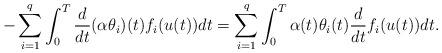
LaTeX: \begin{align*}- \sum_{i=1}^{q} \int_0^T \frac{d}{dt}(\alpha \theta_{i})(t) f_{i} (u(t)) dt = \sum_{i=1}^{q} \int_0^T \alpha (t) \theta_{i}(t) \frac{d}{dt} f_i (u(t)) dt.\end{align*}